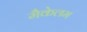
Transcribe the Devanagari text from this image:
मैकेलम